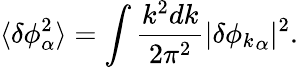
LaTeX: \langle\delta\phi_{\alpha}^{2}\rangle=\int\frac{k^{2}dk}{2\pi^{2}}|{\delta\phi_{k}}_{\alpha}|^{2}.